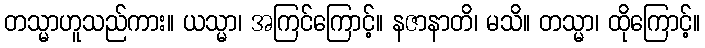
တသ္မာဟူသည်ကား။ ယသ္မာ၊ အကြင်ကြောင့်။ နဇာနာတိ၊ မသိ။ တသ္မာ၊ ထိုကြောင့်။